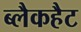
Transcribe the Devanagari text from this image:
ब्लैकहैट